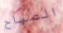
الصباح